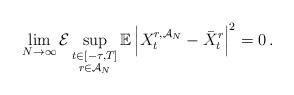
LaTeX: \begin{align*}\lim_{N\to\infty}\mathcal{E}\sup_{\substack{t\in [-\tau ,T] \\ r\in \mathcal{A}_N}} \mathbb{E}\left\lvert X^{r,\mathcal{A}_N}_t-\bar{X}^r_t\right\rvert^2=0\, . \end{align*}